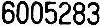
6005283